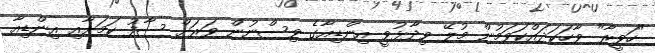
"ހަވީރާ" ވާހަކަދައްކަވަމުން މުލޭ ވިދާޅުވީ އިންޑިއާގެ ވިސްނުން ވަރަށް ސާފު ކަމަށާއި އިންޑިއާ